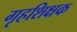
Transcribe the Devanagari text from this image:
गृहशिक्षक